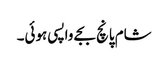
شام پانچ بجے واپسی ہوئی۔